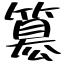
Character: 簒